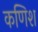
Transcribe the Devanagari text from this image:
कणिश